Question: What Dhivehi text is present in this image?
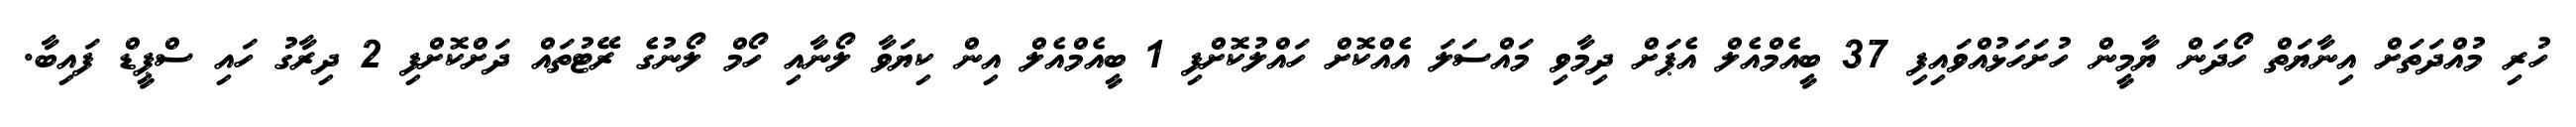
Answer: ހުރި މުއްދަތަށް އިނާޔަތް ހޯދަން ޔާމީން ހުށަހަޅުއްވައިފި 37 ބީއެމްއެލް އެޕަށް ދިމާވި މައްސަލަ އެއްކޮށް ހައްލުކޮށްފި 1 ބީއެމްއެލް އިން ކިޔަވާ ލޯނާއި ހޯމް ލޯނުގެ ރޭޓުތައް ދަށްކޮށްފި 2 ދިރާގު ހައި ސްޕީޑް ފައިބާ.